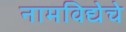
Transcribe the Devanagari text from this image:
नामविद्येचे